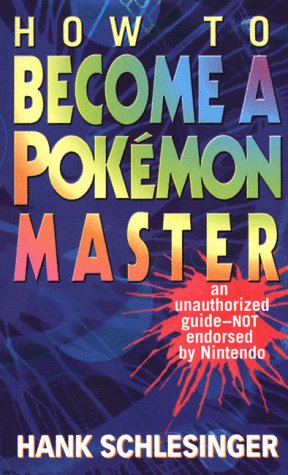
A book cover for How to Become a Pokemon Master; Hank Schlesinger; Computers & Technology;